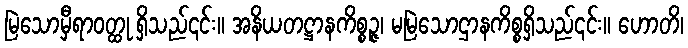
မြဲသောမှီရာဝတ္ထု ရှိသည်၎င်း။ အနိယတဋ္ဌာနကိစ္စဉ္ဇ၊ မမြဲသောဌာနကိစ္စရှိသည်၎င်း။ ဟောတိ၊